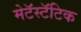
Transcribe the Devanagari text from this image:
मेटॅस्टॅटिक